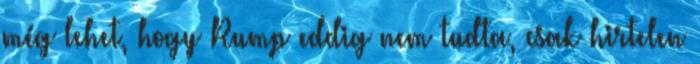
még lehet, hogy Rump eddig nem tudta, csak hirtelen